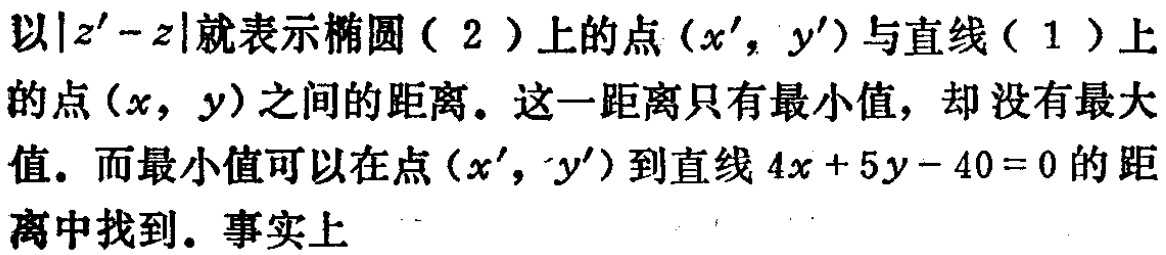
以\(|z'-z|\)就表示椭圆（2）上的点\((x',y')\)与直线（1）上的点\((x,y)\)之间的距离。这一距离只有最小值，却没有最大值。而最小值可以在点\((x',y')\)到直线\(4x + 5y - 40 = 0\)的距离中找到。事实上